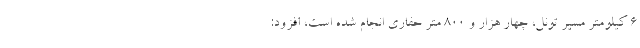
۶ کیلومتر مسیر تونل، چهار هزار و ۸۰۰ متر حفاری انجام شده است، افزود: